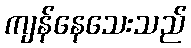
ကျန်နေသေးသည်